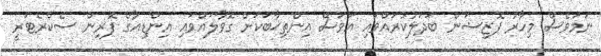
ނަމަވެސް މިހާރު ޕޮޒިޝަން ބަދަލުކުރައްވައި އަވަސް އިންތިޚާބަކަށް ގޮވާލައްވައި އިންޑިއާގެ ފޮރިން ސެކްރެޓަރީ